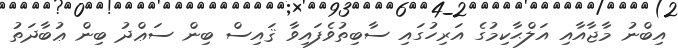
އިބްނު މާޖާއާއި އަލްޙާކިމުގެ އަރިހުގައި ސާބިތުވެފައިވާ ޤައިސް ބިން ސަޢްދު ބިން ޢުބާދަތު